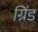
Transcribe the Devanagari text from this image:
ग्रिंड